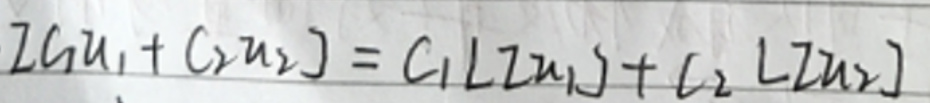
$Z[C_1u_1 + C_2u_2] = C_1Z[u_1] + C_2Z[u_2]$